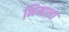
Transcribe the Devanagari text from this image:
भिमाला